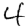
Digit: 4